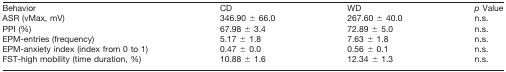
<table><thead><tr><td><b>Behavior</b></td><td><b>CD</b></td><td><b>WD</b></td><td><b><i>p</i> Value</b></td></tr></thead><tbody><tr><td>ASR (vMax, mV)</td><td>346.90 ± 66.0</td><td>267.60 ± 40.0</td><td>n.s.</td></tr><tr><td>PPI (%)</td><td>67.98 ± 3.4</td><td>72.89 ± 5.0</td><td>n.s.</td></tr><tr><td>EPM-entries (frequency)</td><td>5.17 ± 1.8</td><td>7.63 ± 1.8</td><td>n.s.</td></tr><tr><td>EPM-anxiety index (index from 0 to 1)</td><td>0.47 ± 0.0</td><td>0.56 ± 0.1</td><td>n.s.</td></tr><tr><td>FST-high mobility (time duration, %)</td><td>10.88 ± 1.6</td><td>12.34 ± 1.3</td><td>n.s.</td></tr></tbody></table>